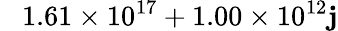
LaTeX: \phantom{-}1.61\times10^{17}+1.00\times10^{12}\mathbf{j}